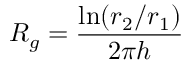
R _ { g } = \frac { \mathrm { l n } ( r _ { 2 } / r _ { 1 } ) } { 2 \pi h }